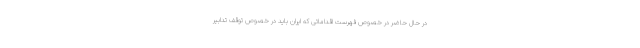
در حال حاضر در خصوص فهرست اقداماتی که ایران باید در خصوص توقف تدابیر